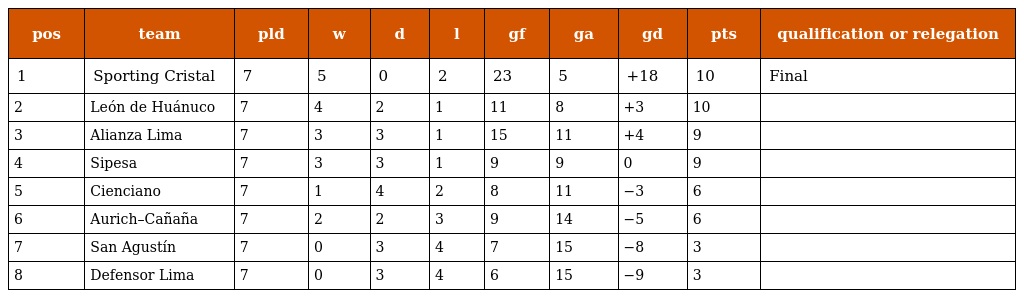
| pos | team | pld | w | d | l | gf | ga | gd | pts | qualification or relegation |
 | --- | --- | --- | --- | --- | --- | --- | --- | --- | --- | --- |
 | 1 | Sporting Cristal | 7 | 5 | 0 | 2 | 23 | 5 | +18 | 10 | Final |
 | 2 | León de Huánuco | 7 | 4 | 2 | 1 | 11 | 8 | +3 | 10 |  |
 | 3 | Alianza Lima | 7 | 3 | 3 | 1 | 15 | 11 | +4 | 9 |  |
 | 4 | Sipesa | 7 | 3 | 3 | 1 | 9 | 9 | 0 | 9 |  |
 | 5 | Cienciano | 7 | 1 | 4 | 2 | 8 | 11 | −3 | 6 |  |
 | 6 | Aurich–Cañaña | 7 | 2 | 2 | 3 | 9 | 14 | −5 | 6 |  |
 | 7 | San Agustín | 7 | 0 | 3 | 4 | 7 | 15 | −8 | 3 |  |
 | 8 | Defensor Lima | 7 | 0 | 3 | 4 | 6 | 15 | −9 | 3 |  |